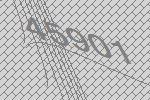
45901